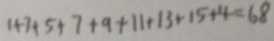
1 + 3 + 5 + 7 + 9 + 1 1 + 1 3 + 1 5 + 4 = 6 8